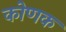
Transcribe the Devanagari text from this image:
कोणक